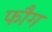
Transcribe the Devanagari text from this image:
फौग